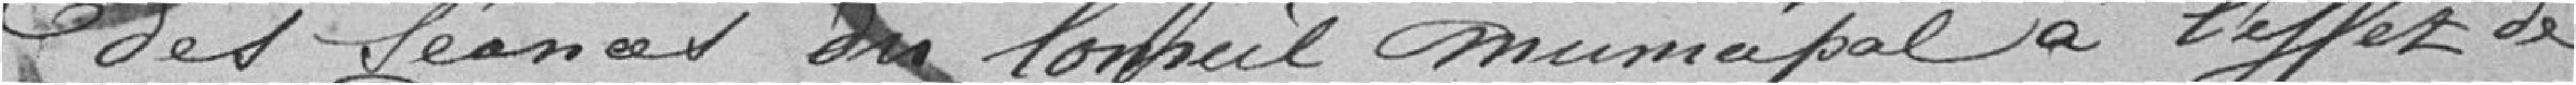
des séances du conseil municipal à l'effet de